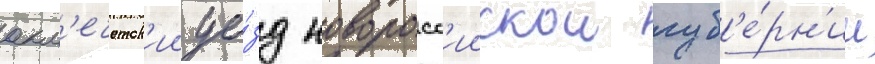
акм'ечетск'ии уе́зд новоросс'иискои губ'е́рн'ии